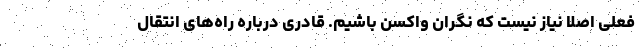
فعلی اصلا نیاز نیست که نگران واکسن باشیم. قادری درباره راه‌های انتقال